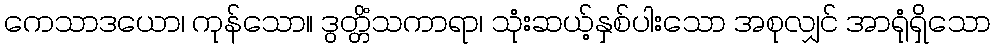
ကေသာဒယော၊ ကုန်သော။ ဒွတ္တိံသကာရာ၊ သုံးဆယ့်နှစ်ပါးသော အစုလျှင် အာရုံရှိသော